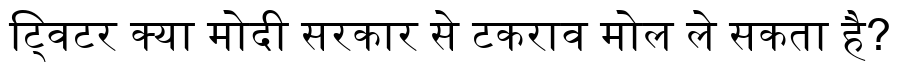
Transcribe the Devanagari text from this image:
ट्विटर क्या मोदी सरकार से टकराव मोल ले सकता है?